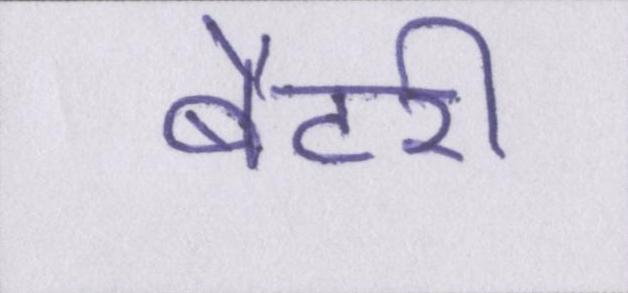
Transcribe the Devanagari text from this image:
बैटरी